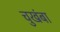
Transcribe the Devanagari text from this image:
चुखंबा